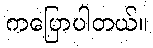
ကပြောပါတယ်။